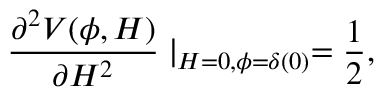
\frac { \partial ^ { 2 } V ( \phi , H ) } { \partial H ^ { 2 } } \mid _ { H = 0 , \phi = \delta ( 0 ) } = \frac { 1 } { 2 } ,